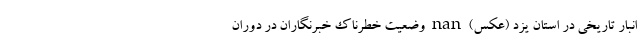
انبار تاریخی در استان یزد (عکس) nan وضعیت خطرناک خبرنگاران در دوران